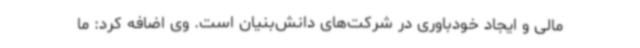
مالی و ایجاد خودباوری در شرکت‌های دانش‌بنیان است. وی اضافه‌ کرد: ما